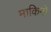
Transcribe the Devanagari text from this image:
माकिनो